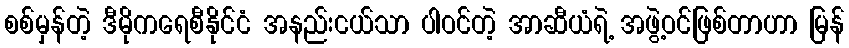
စစ်မှန်တဲ့ ဒီမိုကရေစီနိုင်ငံ အနည်းငယ်သာ ပါဝင်တဲ့ အာဆီယံရဲ့ အဖွဲ့ဝင်ဖြစ်တာဟာ မြန်